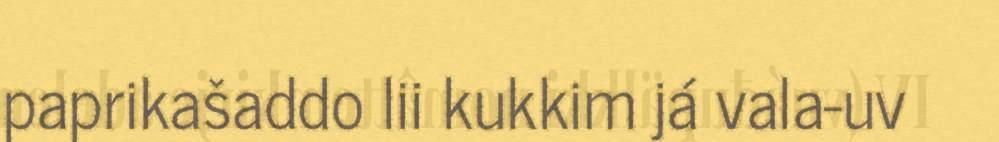
paprikašaddo lii kukkim já vala-uv